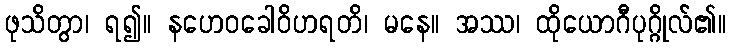
ဖုသိတွာ၊ ရ၍။ နဟေဝခေါဝိဟရတိ၊ မနေ။ အဿ၊ ထိုယောဂီပုဂ္ဂိုလ်၏။